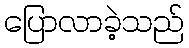
ပြောလာခဲ့သည်